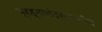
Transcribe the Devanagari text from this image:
ब्रह्मानंदस्वामींचे